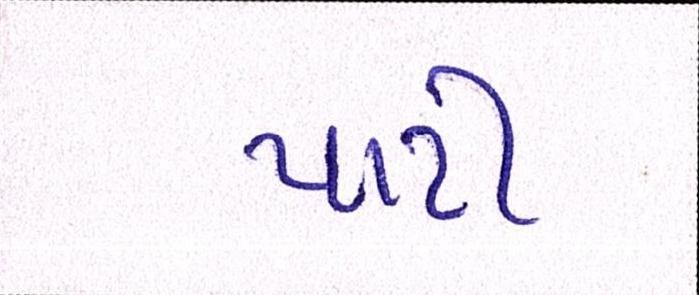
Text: પાટી